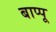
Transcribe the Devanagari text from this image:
बाप्पू